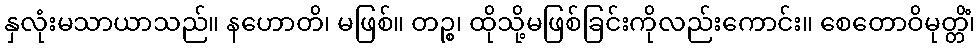
နှလုံးမသာယာသည်။ နဟောတိ၊ မဖြစ်။ တဉ္စ၊ ထိုသို့မဖြစ်ခြင်းကိုလည်းကောင်း။ စေတောဝိမုတ္တိံ၊